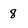
Character: 8